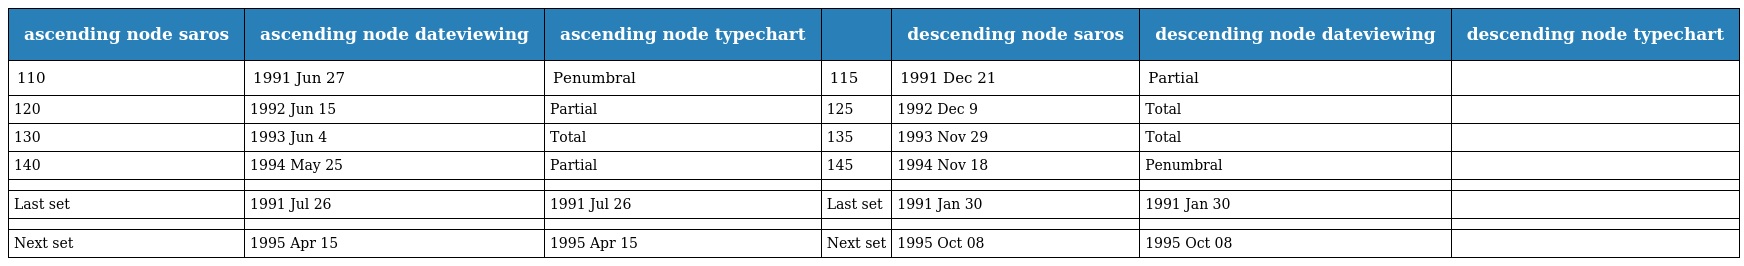
| ascending node saros | ascending node dateviewing | ascending node typechart |  | descending node saros | descending node dateviewing | descending node typechart |
 | --- | --- | --- | --- | --- | --- | --- |
 | 110 | 1991 Jun 27 | Penumbral | 115 | 1991 Dec 21 | Partial |  |
 | 120 | 1992 Jun 15 | Partial | 125 | 1992 Dec 9 | Total |  |
 | 130 | 1993 Jun 4 | Total | 135 | 1993 Nov 29 | Total |  |
 | 140 | 1994 May 25 | Partial | 145 | 1994 Nov 18 | Penumbral |  |
 |  |  |  |  |  |  |  |
 | Last set | 1991 Jul 26 | 1991 Jul 26 | Last set | 1991 Jan 30 | 1991 Jan 30 |  |
 |  |  |  |  |  |  |  |
 | Next set | 1995 Apr 15 | 1995 Apr 15 | Next set | 1995 Oct 08 | 1995 Oct 08 |  |